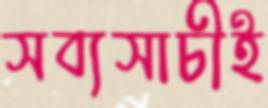
সব্যসাচীই